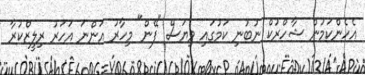
އެހެންކަމުން ޝާހްރުކް ނުބުނި ކަމުގައި ވިޔަސް "ފޭން" މިހާރު އަންނަ އަހަރު ރިލީޒްކުރާ